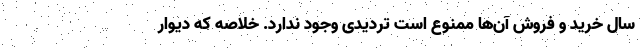
سال خرید و فروش آن‌ها ممنوع است تردیدی وجود ندارد. خلاصه که دیوار